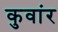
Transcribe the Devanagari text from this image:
कुवांर